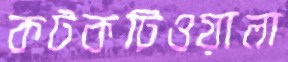
কটকটিওয়ালা